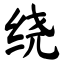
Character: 绕